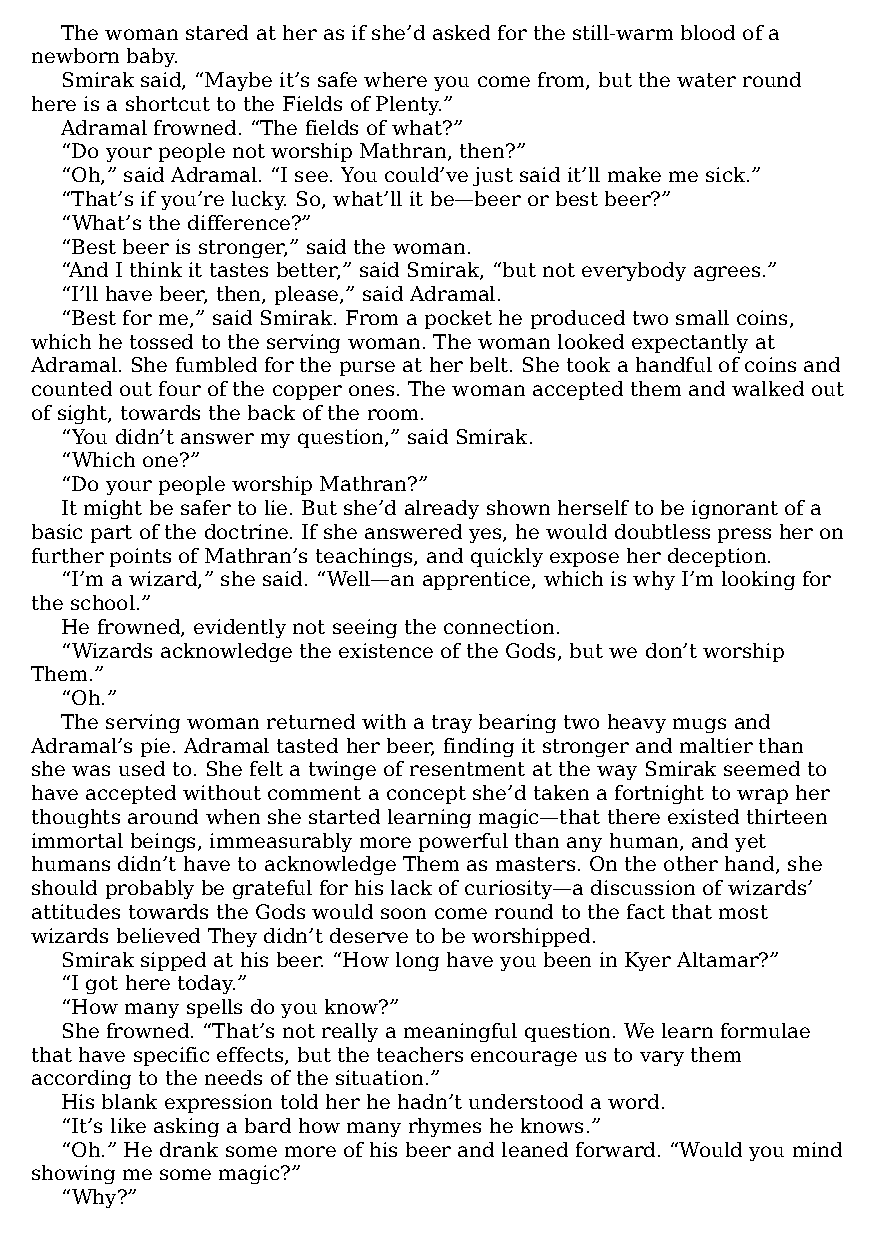
The woman stared at her as if she’d asked for the still-warm blood of a
 newborn baby.
 Smirak said, “Maybe it’s safe where you come from, but the water round
 here is a shortcut to the Fields of Plenty.”
 Adramal frowned. “The fields of what?”
 “Do your people not worship Mathran, then?”
 “Oh,” said Adramal. “I see. You could’ve just said it’ll make me sick.”
 “That’s if you’re lucky. So, what’ll it be—​beer or best beer?”
 “What’s the difference?”
 “Best beer is stronger,” said the woman.
 “And I think it tastes better,” said Smirak, “but not everybody agrees.”
 “I’ll have beer, then, please,” said Adramal.
 “Best for me,” said Smirak. From a pocket he produced two small coins,
 which he tossed to the serving woman. The woman looked expectantly at
 Adramal. She fumbled for the purse at her belt. She took a handful of coins and
 counted out four of the copper ones. The woman accepted them and walked out
 of sight, towards the back of the room.
 “You didn’t answer my question,” said Smirak.
 “Which one?”
 “Do your people worship Mathran?”
 It might be safer to lie. But she’d already shown herself to be ignorant of a
 basic part of the doctrine. If she answered yes, he would doubtless press her on
 further points of Mathran’s teachings, and quickly expose her deception.
 “I’m a wizard,” she said. “Well—​an apprentice, which is why I’m looking for
 the school.”
 He frowned, evidently not seeing the connection.
 “Wizards acknowledge the existence of the Gods, but we don’t worship
 Them.”
 “Oh.”
 The serving woman returned with a tray bearing two heavy mugs and
 Adramal’s pie. Adramal tasted her beer, finding it stronger and maltier than
 she was used to. She felt a twinge of resentment at the way Smirak seemed to
 have accepted without comment a concept she’d taken a fortnight to wrap her
 thoughts around when she started learning magic—​that there existed thirteen
 immortal beings, immeasurably more powerful than any human, and yet
 humans didn’t have to acknowledge Them as masters. On the other hand, she
 should probably be grateful for his lack of curiosity—​a discussion of wizards’
 attitudes towards the Gods would soon come round to the fact that most
 wizards believed They didn’t deserve to be worshipped.
 Smirak sipped at his beer. “How long have you been in Kyer Altamar?”
 “I got here today.”
 “How many spells do you know?”
 She frowned. “That’s not really a meaningful question. We learn formulae
 that have specific effects, but the teachers encourage us to vary them
 according to the needs of the situation.”
 His blank expression told her he hadn’t understood a word.
 “It’s like asking a bard how many rhymes he knows.”
 “Oh.” He drank some more of his beer and leaned forward. “Would you mind
 showing me some magic?”
 “Why?”